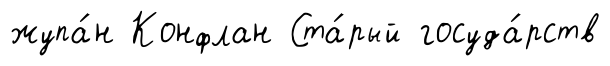
жупа́н Конфлан Ста́рый госуда́рств